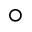
\circ